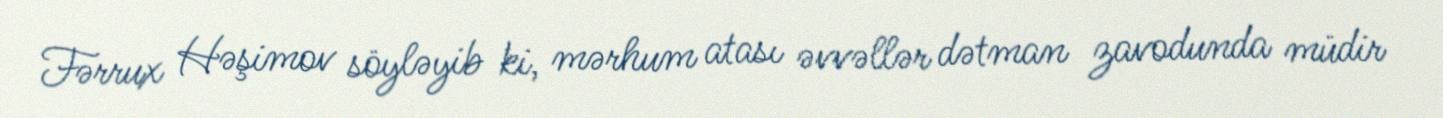
Fərrux Həşimov söyləyib ki, mərhum atası əvvəllər dətman zavodunda müdir